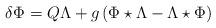
LaTeX: \begin{align*}\delta \Phi = Q \Lambda + g \left( \Phi\star \Lambda -\Lambda\star \Phi \right)\end{align*}